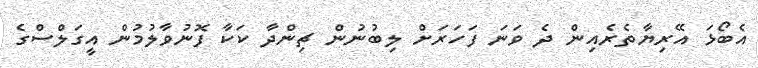
އެބޯޅަ އޭރިޔާތެރެއިން ދެ ވަނަ ފަހަރަށް ލިބުނުން ޗިންދާ ކަކާ ފޮނުވާލުމުން އީގަލްސްގެ